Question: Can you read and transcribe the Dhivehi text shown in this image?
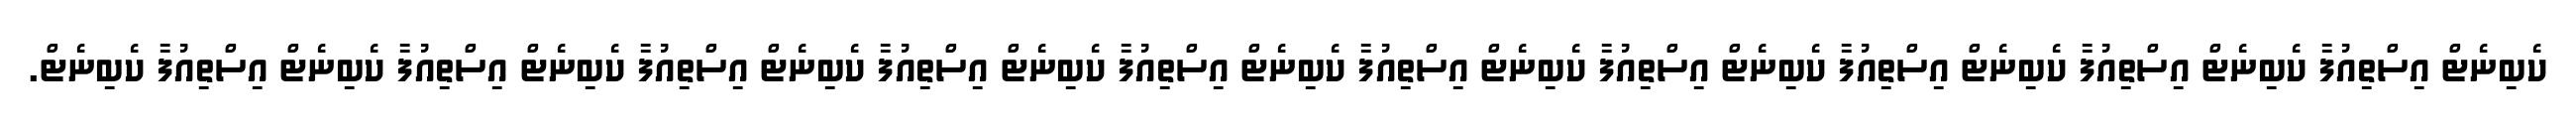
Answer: ކެބިނެޓް އިސްތިއުފާ ކެބިނެޓް އިސްތިއުފާ ކެބިނެޓް އިސްތިއުފާ ކެބިނެޓް އިސްތިއުފާ ކެބިނެޓް އިސްތިއުފާ ކެބިނެޓް އިސްތިއުފާ ކެބިނެޓް އިސްތިއުފާ ކެބިނެޓް އިސްތިއުފާ ކެބިނެޓް އިސްތިއުފާ ކެބިނެޓް އިސްތިއުފާ ކެބިނެޓް.